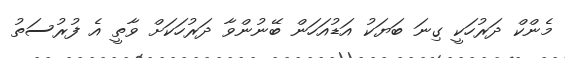
މެންކް ދަރުހަކީ ގިނަ ބަޔަކު އަޑުއަަހަން ބޭނުންވާ ދަރުހަަކަށް ވާތީ އެ ފުރުސަތު